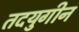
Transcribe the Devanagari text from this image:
तदयुगीन